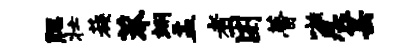
腮壮蔟莽翊盂者困瞢嗾思芸